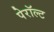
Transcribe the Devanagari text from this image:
पेरॉल्ट